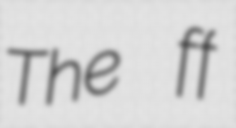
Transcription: The ff